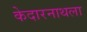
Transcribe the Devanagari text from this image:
केदारनाथला